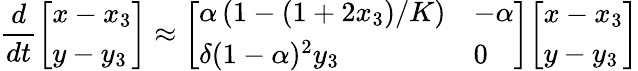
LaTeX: {\frac{d}{dt}}{\left[\begin{array}{l}{x-x_{3}}\\ {y-y_{3}}\end{array}\right]}\approx{\left[\begin{array}{ll}{\alpha\left(1-(1+2x_{3})/K\right)}&{-\alpha}\\ {\delta(1-\alpha)^{2}y_{3}}&{0}\end{array}\right]}{\left[\begin{array}{l}{x-x_{3}}\\ {y-y_{3}}\end{array}\right]}